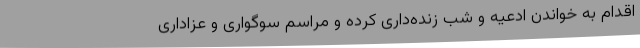
اقدام به خواندن ادعیه و شب زنده‌داری کرده و مراسم سوگواری و عزاداری